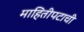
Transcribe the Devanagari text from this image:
माहितीपटाची